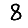
Digit: 8